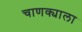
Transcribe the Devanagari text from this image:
चाणक्याला